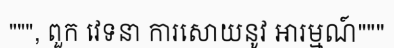
""", ពួក វេទនា ការសោយនូវ អារម្មណ៍"""